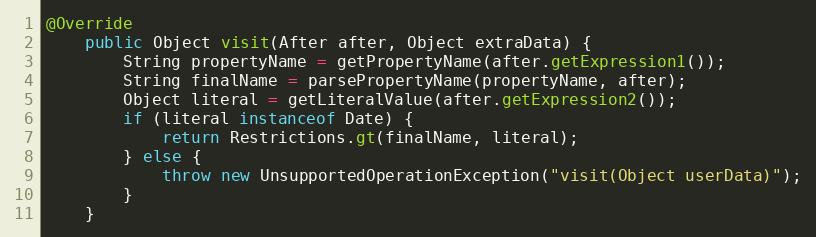
Language: Java
@Override
	public Object visit(After after, Object extraData) {
		String propertyName = getPropertyName(after.getExpression1());
		String finalName = parsePropertyName(propertyName, after);
		Object literal = getLiteralValue(after.getExpression2());
		if (literal instanceof Date) {
			return Restrictions.gt(finalName, literal);
		} else {
			throw new UnsupportedOperationException("visit(Object userData)");
		}
	}